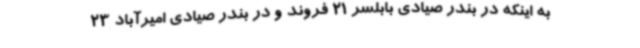
به اینکه در بندر صیادی بابلسر 21 فروند و در بندر صیادی امیرآباد 23